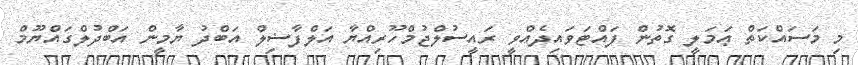
މި މަސައްކަތް ޢަމަލީ ގޮތުން ފައްޓަވައިދެއްވީ ރައީސުލްޖުމްހޫރިއްޔާ އަލްފާޟިލް އަބްދު ޔާމީން އަބްދުލްގައްޔޫމް